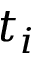
t _ { i }